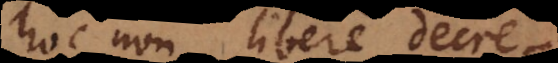
hoc non libere decre